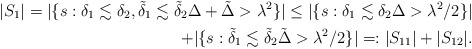
\begin{align*} |S_1|=|\{ s: \delta_1 \lesssim \delta_2, \tilde{\delta}_1 \lesssim \tilde{\delta}_2 \Delta + \tilde{\Delta} > \lambda^2 \} | \leq |\{ s: \delta_1 \lesssim \delta_2 \Delta > \lambda^2/2 \} | \\+ |\{ s: \tilde{\delta}_1 \lesssim \tilde{\delta}_2 \tilde{\Delta} > \lambda^2 /2 \} | =: |S_{11}| + |S_{12}|.\end{align*}